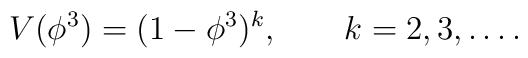
V(\phi^3)=(1-\phi^3)^{k} , \qquad k=2,3,\ldots .